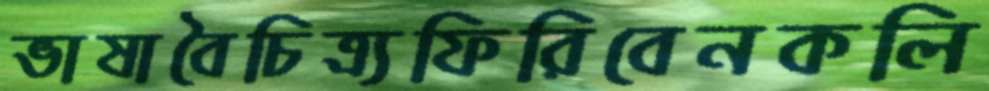
ভাষাবৈচিত্র্যফিরিবেনকলি